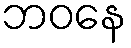
ဘဝနေ